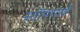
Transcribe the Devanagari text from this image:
स्टॉपराज़ी